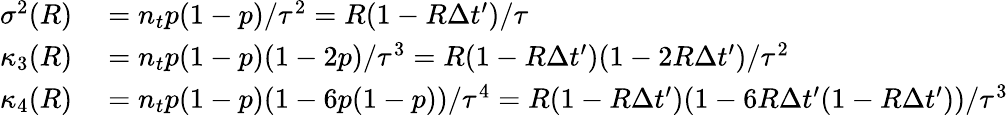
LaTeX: \begin{array}{rl}{\sigma^{2}(R)}&{{}=n_{t}p(1-p)/\tau^{2}=R(1-R\Delta t^{\prime})/\tau}\\ {\kappa_{3}(R)}&{{}=n_{t}p(1-p)(1-2p)/\tau^{3}=R(1-R\Delta t^{\prime})(1-2R\Delta t^{\prime})/\tau^{2}}\\ {\kappa_{4}(R)}&{{}=n_{t}p(1-p)(1-6p(1-p))/\tau^{4}=R(1-R\Delta t^{\prime})(1-6R\Delta t^{\prime}(1-R\Delta t^{\prime}))/\tau^{3}}\end{array}